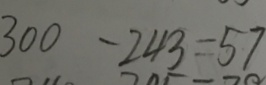
3 0 0 - 2 4 3 = 5 7